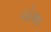
ચોથા